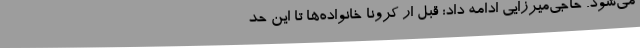
می‌شود. حاجی‌میرزایی ادامه داد: قبل ار کرونا خانواده‌ها تا این حد